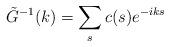
LaTeX: \begin{align*}\tilde G^{-1}(k)=\sum_{s} c(s)e^{-iks} \end{align*}